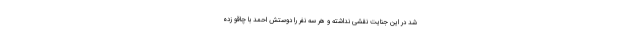
شد در این جنایت نقشی نداشته و هر سه نفر را دوستش احمد با چاقو زده